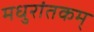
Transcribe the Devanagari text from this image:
मधुरांतकम्